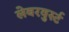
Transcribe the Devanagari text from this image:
लेबरवुर्स्ट